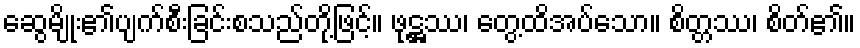
ဆွေမျိုး၏ပျက်စီးခြင်းစသည်တို့ဖြင့်။ ဖုဋ္ဌဿ၊ တွေ့ထိအပ်သော။ စိတ္တဿ၊ စိတ်၏။